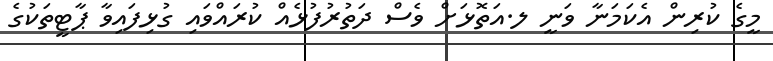
މީގެ ކުރިން އެކަމަނާ ވަނީ ލ.އަތޮޅަށް ވެސް ދަތުރުފުޅެއް ކުރައްވައި ގުޅިފައިވާ ޕާޓީތަކުގެ